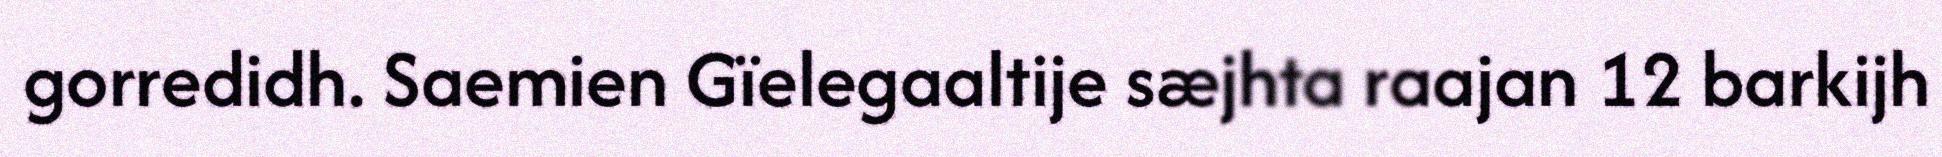
gorredidh. Saemien Gïelegaaltije sæjhta raajan 12 barkijh